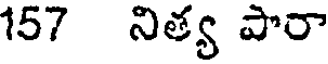
157 నిత్య పొరా